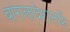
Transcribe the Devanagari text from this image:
बांगलादेशतर्फे